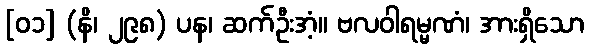
[၀၁] (နိ၊ ၂၉၈) ပန၊ ဆက်ဦးအံ့။ ဗလဝါရမ္မဏံ၊ အားရှိသော